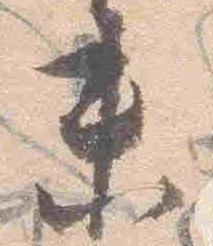
来